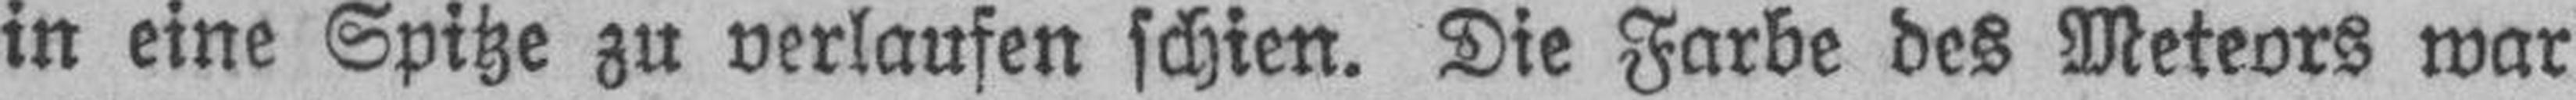
in eine Spitze zu verlaufen schien. Die Farbe des Meteors war